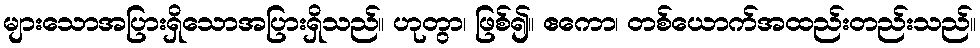
များသောအပြားရှိသောအပြားရှိသည်။ ဟုတွာ၊ ဖြစ်၍။ ဧကော၊ တစ်ယောက်အထည်းတည်းသည်။